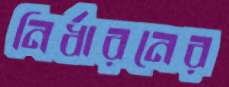
নির্ধারনের